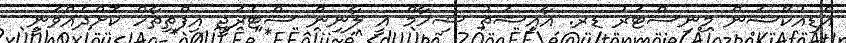
އެޑިއުކޭޝަން މިނިސްޓަރު ޑރ. އާއިޝަތު ޝިހާމް އީ ލާނިން ސްޓެރަޖީ އިފްތިތާހް ކޮށްދެއްވަނީ--